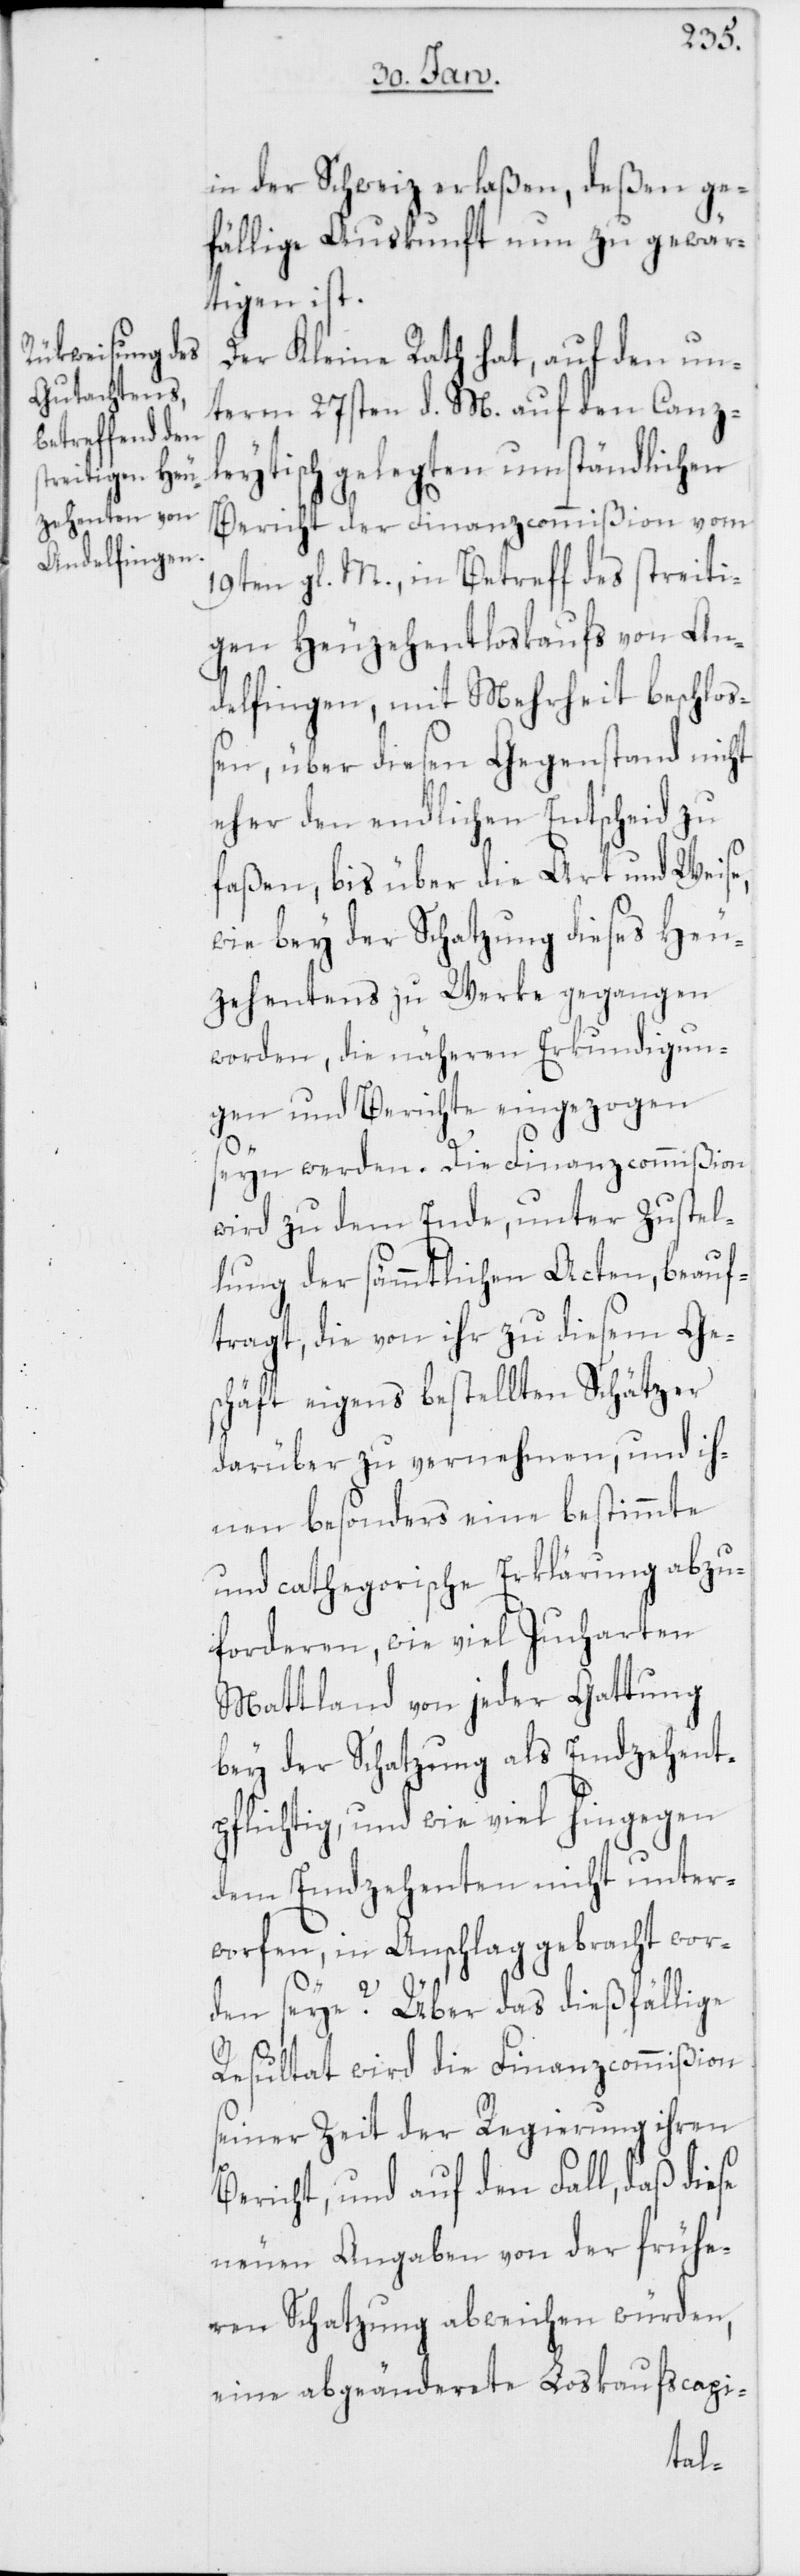
in der Schweiz erlaßen, deßen ge¬
fällige Auskunft nun zu gewär¬
tigen ist.
Der Kleine Rath hat, auf den un¬
term 27sten d. M. auf den Canz¬
leytisch gelegten umständlichen
Bericht der Finanzcommißion vom
19ten gl. M., in Betreff des streiti¬
gen Heuzehentloskaufs von An¬
delfingen, mit Mehrheit beschloß¬
en, über diesen Gegenstand nicht
eher den endlichen Entscheid zu
faßen, bis über die Art und Weise,
wie bey der Schatzung dieses Heu¬
zehentens zu Werke gegangen
worden, die näheren Erkundigun¬
gen und Berichte eingezogen
seyn werden. Die Finanzcommißion
wird zu dem Ende, unter Zustel¬
lung der sämtlichen Acten, beauf¬
tragt, die von ihr zu diesem Ges¬
chäft eigens bestellten Schätzer
darüber zu vernehmen, und ih¬
nen besonders eine bestimmte
und cathegorische Erklärung abzu¬
forderen, wie viel Jucharten
Mattland von jeder Gattung
bey der Schatzung als Emdzehent¬
pflichtig, und wie viel hingegen
dem Emdzehenten nicht unter¬
worfen, in Anschlag gebracht wor¬
den seye? Über das dießfällige
Resultat wird die Finanzcommißion
seiner Zeit der Regierung ihren
Bericht, und auf den Fall, daß diese
neuen Angaben von der frühe¬
ren Schatzung abweichen würden,
eine abgeänderete Loskaufscapi-